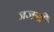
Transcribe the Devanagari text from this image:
जजनी